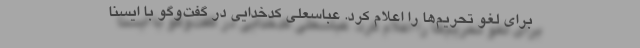
برای لغو تحریم‌ها را اعلام کرد. عباسعلی کدخدایی در گفت‌وگو با ایسنا